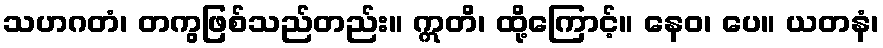
သဟဂတံ၊ တကွဖြစ်သည်တည်း။ ဣတိ၊ ထို့ကြောင့်။ နေဝ၊ ပေ။ ယတနံ၊